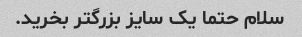
سلام حتما یک سایز بزرگتر بخرید.